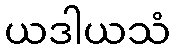
ယဒါယသံ